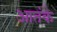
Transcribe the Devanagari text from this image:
आतंके